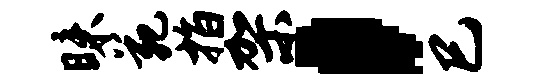
昧苑指架，巳